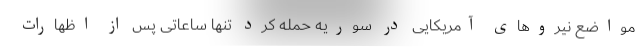
مواضع نیروهای آمریکایی در سوریه حمله کرد تنها ساعاتی پس از اظهارات